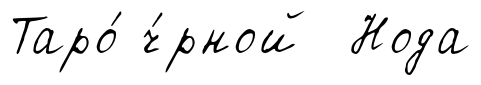
Таро́ ч́рной Нода